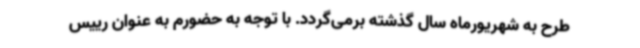
طرح به شهریورماه سال گذشته برمی‌گردد. با توجه به حضورم به عنوان رییس